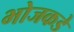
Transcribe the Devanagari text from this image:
भोजकडे